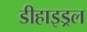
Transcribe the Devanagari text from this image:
डीहाइड्रल